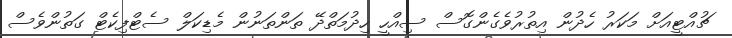
ޗުއްޓީއަށް މަކަރު ހެދުން އިތުރުވެގެންގޮސް ސިއްހީ ހިދުމަތްދޭ ތަންތަނުން މެޑިކަލް ސެޓްފިކެޓް ގަތުންވެސް